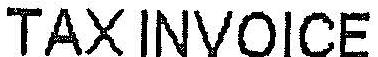
TAX INVOICE